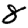
Digit: 8